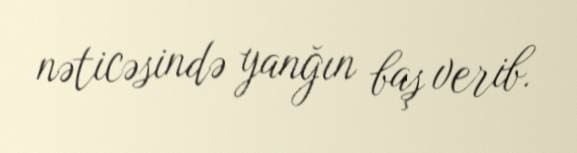
nəticəsində yanğın baş verib.